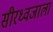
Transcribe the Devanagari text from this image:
सीरध्वजाला